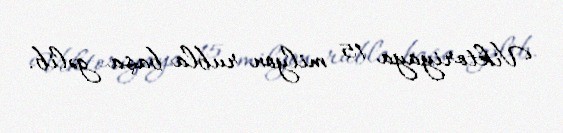
Viktoriyaya 15 milyon rubla başa gəlib.